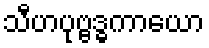
သီဟပုဗ္ဗဒ္ဓကာယော